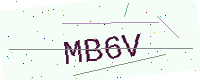
Text: MB6V